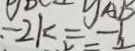
- 2 k = - 1